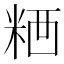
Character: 𥺗